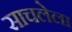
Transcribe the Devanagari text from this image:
साचलेला